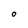
Character: O